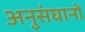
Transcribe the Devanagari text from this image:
अनुसंघानों